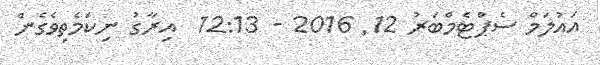
އައުލަމް ސެޕްޓެމްބަރު 12